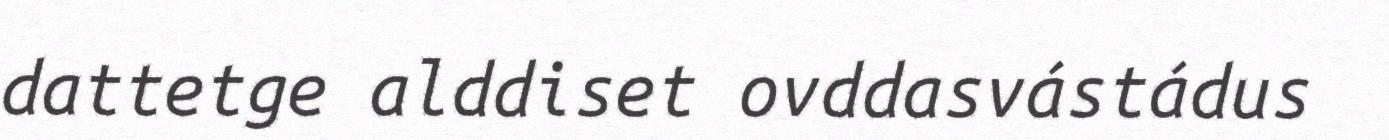
dattetge alddiset ovddasvástádus